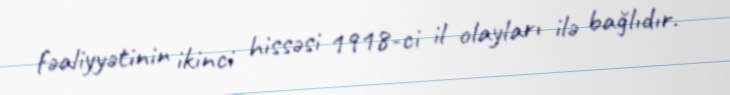
fəaliyyətinin ikinci hissəsi 1918-ci il olayları ilə bağlıdır.